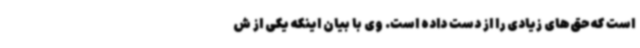
است که حق‌های زیادی را از دست داده است. وی با بیان اینکه یکی از ش